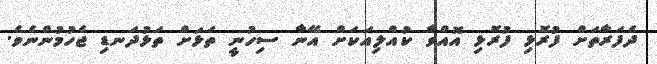
ދެފަރާތަށް ފުރޮޅި ފުރޮޅި އޮއްވާ ކުއްލިއަކަށް އޭނާ ސިހުނީ ތަޅަށް ތަޅުދަނޑި ޖެހުމުންނެވެ.